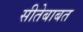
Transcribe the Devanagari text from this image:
सीतेबाबत